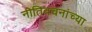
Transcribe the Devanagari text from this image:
नीतिवचनांच्या